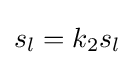
s_{l}=k_{2}s_{l}